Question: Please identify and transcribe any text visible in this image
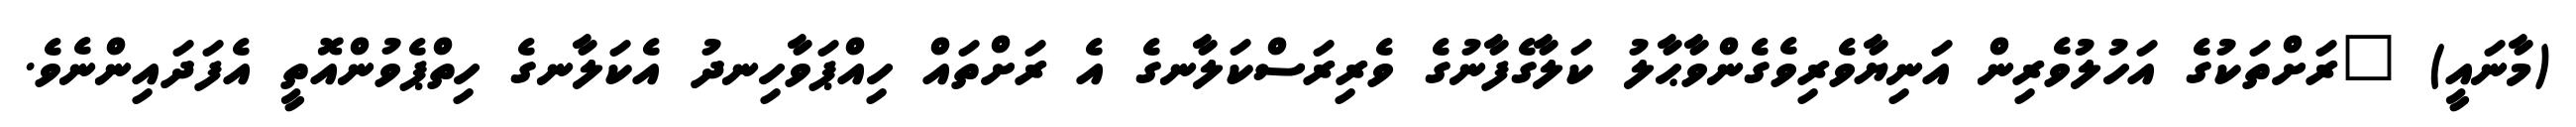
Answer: (މާނައީ) "ރަށްތަކުގެ އަހުލުވެރިން އަނިޔާވެރިވެގެންވާޙާލު ކަލާގެފާނުގެ ވެރިރަސްކަލާނގެ އެ ރަށްތައް ހިއްޕަވާހިނދު އެކަލާނގެ ހިތްޕެވުންއޮތީ އެފަދައިންނެވެ.